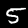
Digit: 5